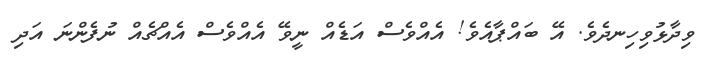
ވިދާޅުވިހިނދެވެ. އޭ ބައްޕާއެވެ! އެއްވެސް އަޑެއް ނީވޭ އެއްވެސް އެއްޗެއް ނުފެންނަ އަދި